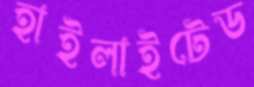
হাইলাইটেড